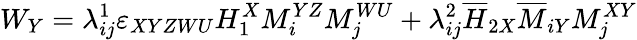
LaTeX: W_{Y}=\lambda_{ij}^{1}\varepsilon_{XYZWU}H_{1}^{X}M_{i}^{YZ}M_{j}^{WU}+\lambda_{ij}^{2}\overline{{{H}}}_{2X}\overline{{{M}}}_{iY}M_{j}^{XY}